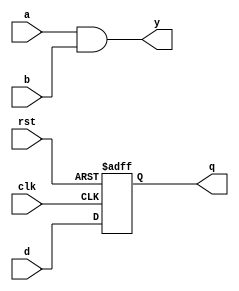
module event_control_example (
    input wire clk,      // Clock signal
    input wire rst,      // Reset signal
    input wire d,        // Data input for D flip-flop
    input wire a,        // First input for combinational logic
    input wire b,        // Second input for combinational logic
    output reg q,        // Output of D flip-flop
    output reg y         // Output of combinational logic
);

// Sequential Logic - D Flip-Flop using @ (posedge clk)
always @(posedge clk or posedge rst) begin
    if (rst) begin
        q <= 1'b0;      // Reset output to 0
    end else begin
        q <= d;         // Transfer data input to output on rising edge of clk
    end
end

// Combinational Logic - Output y based on inputs a and b
always @(a or b) begin
    y = a & b;          // AND operation on inputs a and b
end

endmodule